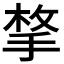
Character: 𭡋